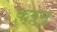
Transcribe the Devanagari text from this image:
क़्ठ्ठन्र्